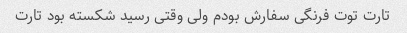
تارت توت فرنگی سفارش بودم ولی وقتی رسید شکسته بود تارت